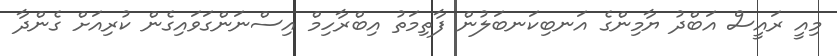
މިއީ ރައީސް އަބްދު ޔާމިންގެ އަނބިކަނބަލުން ފާތިމަތު އިބްރާހިމް އިސްނަންގަވައިގެން ކުރިއަށް ގެންދާ